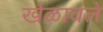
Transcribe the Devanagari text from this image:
खेळावले